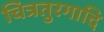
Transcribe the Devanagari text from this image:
चित्रतुरगादि